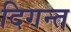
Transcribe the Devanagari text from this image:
दिगन्‍त